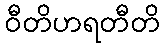
ဝီတိဟရတီတိ